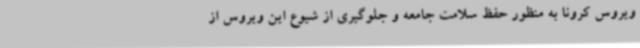
ویروس کرونا به منظور حفظ سلامت جامعه و جلوگیری از شیوع این ویروس از